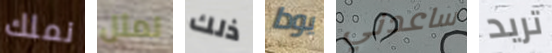
نملك لمثل ذلك يودا ساعدني تريد